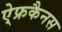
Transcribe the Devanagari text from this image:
ऐ्फ्रकैनस